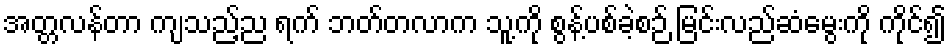
အတ္တလန်တာ ကျသည့်ည ရက် ဘတ်တလာက သူ့ကို စွန့်ပစ်ခဲ့စဉ် မြင်းလည်ဆံမွေးကို ကိုင်၍